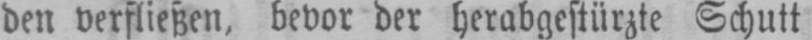
den verfließen, bevor der herabgestürzte Schutt